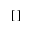
[ \, ]